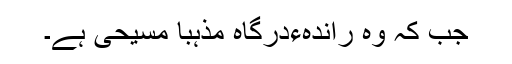
جب کہ وہ راندہءدرگاہ مذہباً مسیحی ہے۔